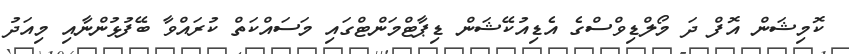
ކޮމިޝަން އޮފް ދަ މޯލްޑިވްސްގެ އެޑިއުކޭޝަން ޑިޕާޓްމަންޓްގައި މަސައްކަތް ކުރައްވާ ބޭފުޅުންނާއި މިއަދު